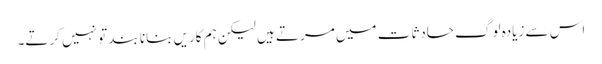
اس سے زیادہ لوگ حادثات میں مرتے ہیں لیکن ہم کاریں بنانا بند تو نہیں کرتے۔